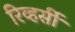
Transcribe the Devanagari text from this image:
रिव्हर्सी